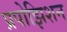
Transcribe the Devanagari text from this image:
प्रपोझिशन